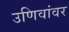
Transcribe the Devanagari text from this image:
उणिवांवर